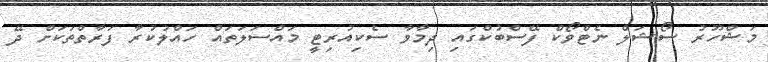
މަޝްހޫރު ސޯޝަލް ނެޓްވޯކް ފޭސްބުކްގައި ދިމާވާ ސެކިއުރިޓީ މައްސަލަތައް ހައްލުކުރާ ފަރާތްތަކަށް ދޭ